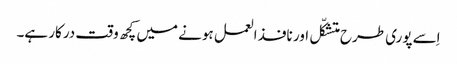
اِسے پوری طرح متشکّل اور نافذ العمل ہونے میں کچھ وقت درکار ہے۔